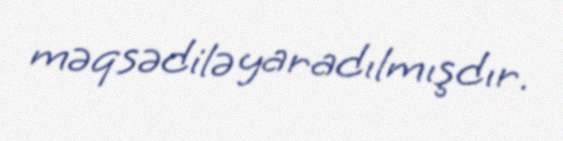
məqsədilə yaradılmışdır.